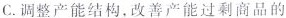
C.调整产能结构，改善产能过剩商品的